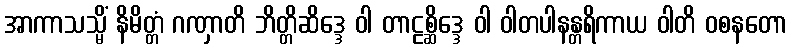
အာကာသသ္မိံ နိမိတ္တံ ဂဏှာတိ ဘိတ္တိဆိဒ္ဒေ ဝါ တာဠစ္ဆိဒ္ဒေ ဝါ ဝါတပါနန္တရိကာယ ဝါတိ ဝစနတော